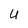
Character: U